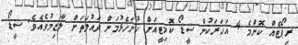
ރިޕޯޓެއް ކޮންމެ 4 އަހަރަކުން ސީޑޯ ކޮމިޓީއަށް ހުށަހެޅުމަށް ދައުލަތަށް ލާޒިމުވެއެވެ. ސީޑޯ